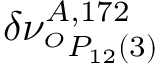
\delta \nu _ { ^ { O } P _ { 1 2 } ( 3 ) } ^ { A , 1 7 2 }